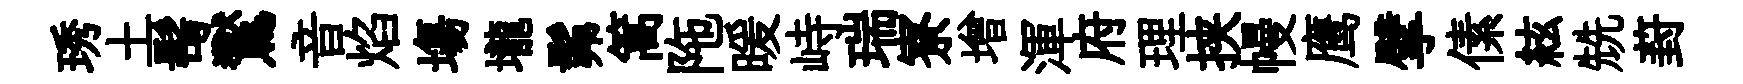
琇土髩鸑音焰塲壠髴篙陁暖峙瑞寮增渾府理挟幔鹰擘傃絃兟葑